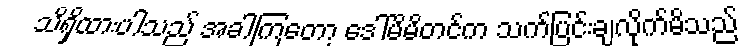
သိရှိထားပါသည် အခါကြတော့ ဒေါ်မိမိတင်က သက်ပြင်းချလိုက်မိသည်